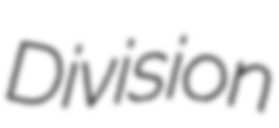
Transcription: Division